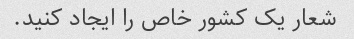
شعار یک کشور خاص را ایجاد کنید.